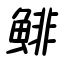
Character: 鯡